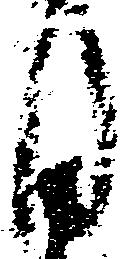
月